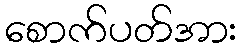
စောက်ပတ်အား